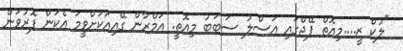
"ލުކް ޒީ....މިއޮތް ޕޭޖްގައި އަސްލު ސަބަބު މިއޮތީ. އަމްރާން ގޭއިއަކަށްވީމަ އެކަން ފޮރުވަން